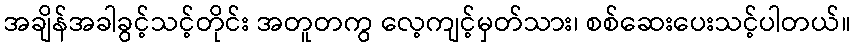
အချိန်အခါခွင့်သင့်တိုင်း အတူတကွ လေ့ကျင့်မှတ်သား၊ စစ်ဆေးပေးသင့်ပါတယ်။